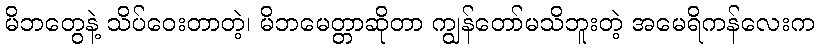
မိဘတွေနဲ့ သိပ်ဝေးတာတဲ့၊ မိဘမေတ္တာဆိုတာ ကျွန်တော်မသိဘူးတဲ့ အမေရိကန်လေးက